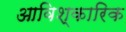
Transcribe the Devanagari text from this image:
आविश्कारिक